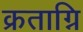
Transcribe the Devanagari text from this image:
क्रताग्नि